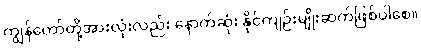
ကျွန်တော်တို့အားလုံးလည်း နောက်ဆုံး နိုင်ကျဉ်းမျိုးဆက်ဖြစ်ပါစေ။